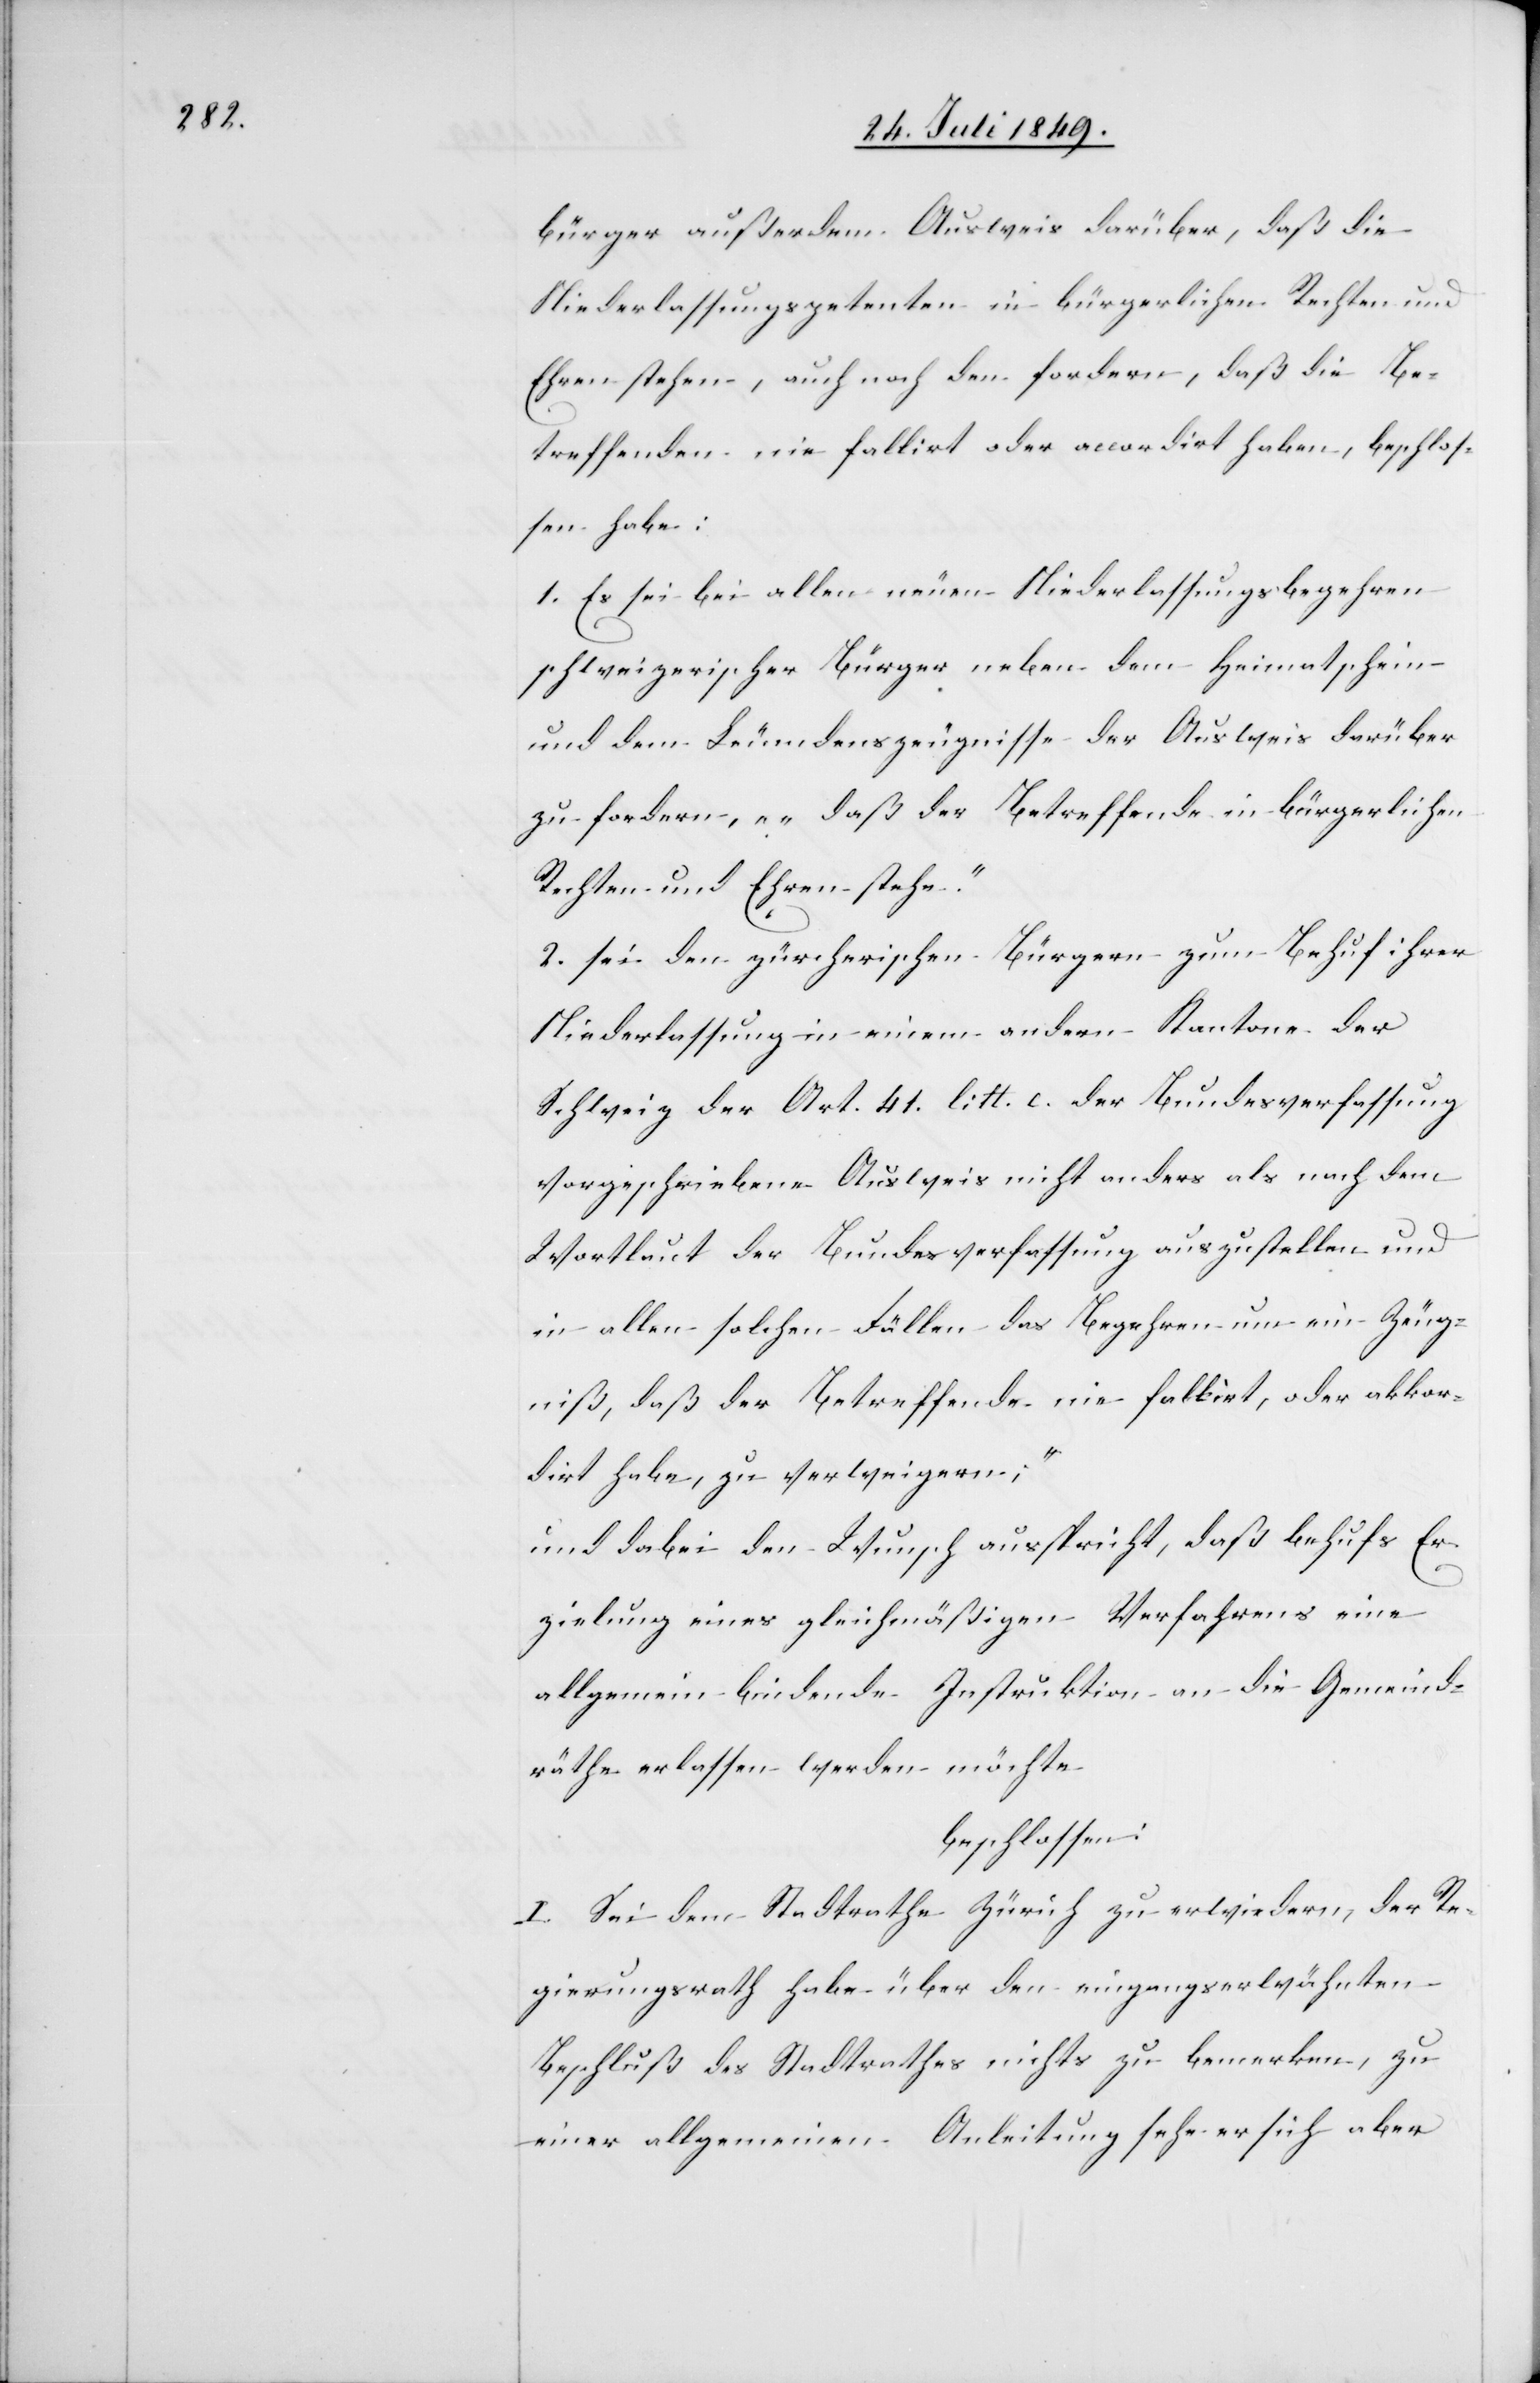
bürger außerdem Ausweis darüber, daß die
Niederlassungspetenten in bürgerlichen Rechten und
Ehren stehen, auch noch den fordern, daß die Be¬
treffenden nie fallirt oder accordirt haben, beschlos¬
sen habe:
1. Es sei bei allen neuen Niederlassungsbegehren
schweizerischer Bürger neben dem Heimatschein
und dem Leumdenszeugnisse der Ausweis darüber
zu fordern, „daß der Betreffende in bürgerlichen
Rechten und Ehren stehe.
2. sei den zürcherischen Bürgern zum Behuf ihrer
Niederlassung in einem andern Kantone der
Schweiz der Art. 41. litt. c. der Bundesverfassung
vorgeschriebene Ausweis nicht anders als nach dem
Wortlaut der Bundesverfassung auszustellen und
in allen solchen Fällen das Begehren um ein Zeug¬
niß, daß der Betreffende nie fallirt, oder akkor¬
dirt habe, zu verweigern“;
und dabei den Wunsch ausspricht, daß behufs Er¬
zielung eines gleichmäßigen Verfahrens eine
allgemein bindende Instruktion an die Gemeind¬
räthe erlassen werden möchte
beschlossen:
I. Sei dem Stadtrathe Zürich zu erwiedern, der Re¬
gierungsrath habe über den eingangserwähnten
Beschluß des Stadtrathes nichts zu bemerken, zu
einer allgemeinen Anleitung sehe er sich aber